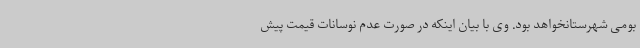
بومی شهرستانخواهد بود. وی با بیان اینکه در صورت عدم نوسانات قیمت پیش